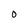
Character: O